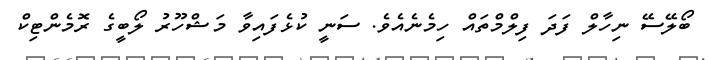
ބޯލޭސޭ ނިހާލް ފަދަ ފިލްމްތައް ހިމެނެއެވެ. ސަނީ ކުޅެފައިވާ މަޝްހޫރު ލޯބީގެ ރޮމެންޓިކް